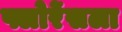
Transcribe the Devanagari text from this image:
फ्लोरेंसला